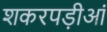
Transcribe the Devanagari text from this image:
शकरपड़ीआं